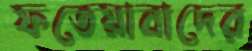
ফতেয়াবাদের